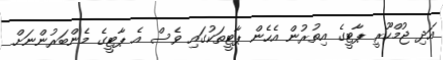
އަދި ޖުމްހޫރީ ޕާޓީގެ އިތުރުން އެހެން ޕާޓީތަކުގައި ވެސް އެ ޕާޓީގެ މެންބަރުންނަށް